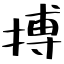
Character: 搏